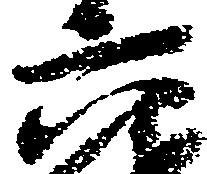
六